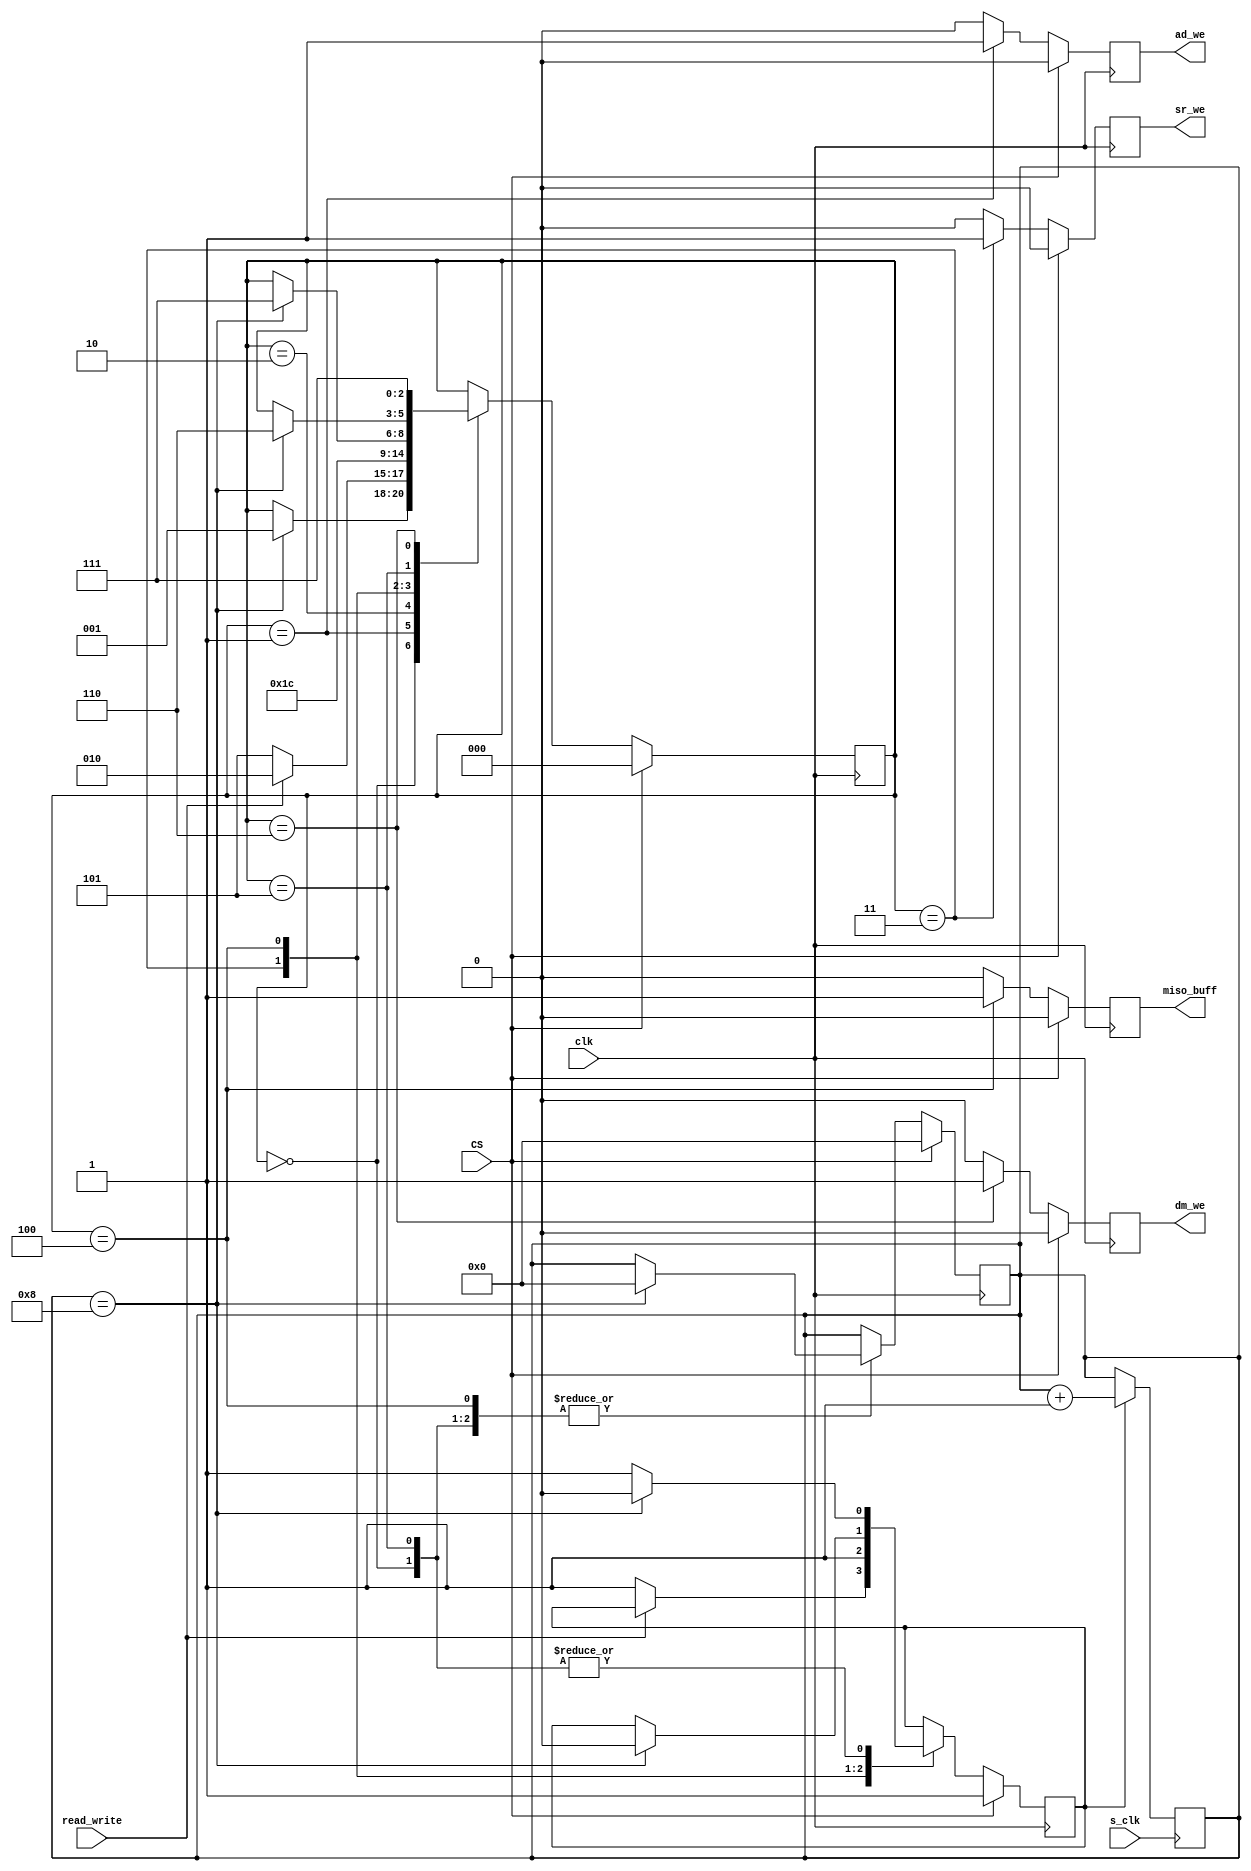

module fsm(input clk,
          input s_clk,
          input CS,
          input read_write,
          output reg miso_buff, // MISO enable
          output reg dm_we, // data memory write enable
          output reg ad_we, // address write enable
          output reg sr_we // shift register write enable
);

parameter state_get = 0;
parameter state_got = 1;
parameter state_read = 2;
parameter state_read2 = 3;
parameter state_read3 = 4;
parameter state_write = 5;
parameter state_write2 = 6;
parameter state_done = 7;

reg[3:0] count = 0;
reg[2:0] curr_state = state_get;
reg count_state = 0;

always @(posedge clk) begin

  // reset all flags at beginning of clock cycle
  ad_we = 0;
  miso_buff = 0;
  sr_we = 0;
  dm_we = 0;

  // if chip select is high, return to get state
  if (CS == 1) begin
    curr_state <= state_get;
    count <= 0;
    count_state <= 1;
  end

  // Counting states need to be set in the previous state, and disabled at the end of the current state
  else begin
    case (curr_state)
        state_get: begin
          count_state <= 1;
          if (count == 8) begin
            curr_state <= state_got;
            count <= 0;
            count_state <= 0;
          end
        end

        state_got: begin
          ad_we <= 1;
          if (read_write == 1)
            curr_state <= state_read;
          else begin
            curr_state <= state_write;
            count_state <= 1;
          end
        end

        state_read: begin
          curr_state <= state_read2;
        end

        state_read2: begin
          sr_we <= 1;
          curr_state <= state_read3;
          count_state <= 1;
        end

        state_read3: begin
          miso_buff <= 1;
          if (count == 8) begin
            curr_state <= state_done;
            count <= 0;
            count_state <= 0;
          end
        end

        state_write: begin
          count_state <= 1;
          if (count == 8) begin
            curr_state <= state_write2;
            count <= 0;
            count_state <= 0;
          end
        end

        state_write2: begin
          dm_we <= 1;
          curr_state <= state_done;
        end

        state_done: begin
        end
    endcase
  end
end

// If the fsm is in a counting state, increment the count
always @(posedge s_clk) begin
  if (count_state == 1)
    count <= count + 1;
end

endmodule